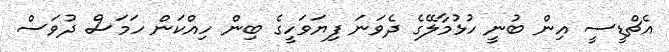
އެޗްޑީސީ އިން ބުނީ ހުޅުމާލޭގެ ދެވަނަ ފިޔަވަހީގެ ބިން ހިއްކަން ހަމަސް ދުވަސް